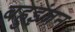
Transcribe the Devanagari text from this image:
बहुइंजन